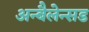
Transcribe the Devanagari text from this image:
अन्बैलेन्सड